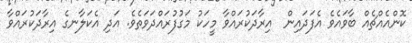
ކޮންއެއްޗެއް ބާވައެވެ އެފަދައިން  އިރާދަކުރައްވާ މީހަކު މަގުފުރައްދަވަތެވެ. އަދި އެކަލާނގެ އިރާދަކުރައްވާ